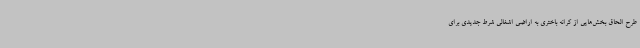
طرح الحاق بخش‌هایی از کرانه باختری به اراضی اشغالی شرط جدیدی برای